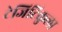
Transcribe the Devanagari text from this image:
टेजिटिकुला